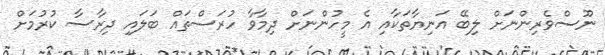
ނޫސްވެރިންނަށް ލިބޭ އަނިޔާތަކާއި އެ މީހުންނަށް ދިމާވާ ހުރަސްތައް ބަލައި ދިރާސާ ކުރުމަށް